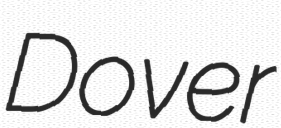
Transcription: Dover